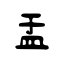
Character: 盂